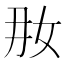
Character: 𱙊